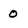
Character: 0